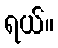
ရယ်။